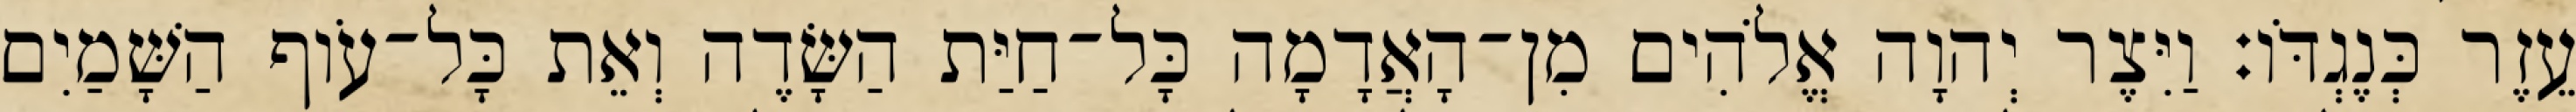
עֵזֶר כְּנֶגְדֹּו׃ וַיִּצֶר יְהוָה אֱלֹהִים מִן־הָאֲדָמָה כָּל־חַיַּת הַשָּׂדֶה וְאֵת כָּל־עֹוף הַשָּׁמַיִם